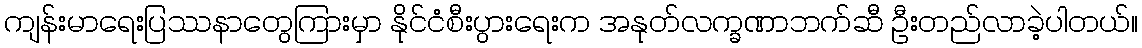
ကျန်းမာရေးပြဿနာတွေကြားမှာ နိုင်ငံစီးပွားရေးက အနုတ်လက္ခဏာဘက်ဆီ ဦးတည်လာခဲ့ပါတယ်။